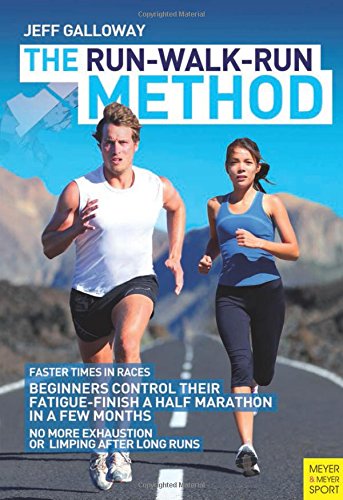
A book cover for The Run-Walk-Run Method; Jeff Galloway; Health, Fitness & Dieting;